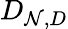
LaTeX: D_{\mathcal{N},D}